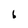
Character: 6